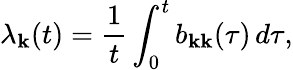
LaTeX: \lambda_{\mathbf{k}}(t)=\frac{{1}}{{t}}\int_{0}^{t}b_{\mathbf{k}\mathbf{k}}(\tau)\, d\tau,